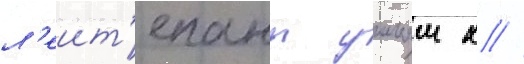
л'еит'енант уильям х //